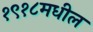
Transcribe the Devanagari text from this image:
१९१८मधील